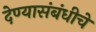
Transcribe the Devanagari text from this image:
देण्यासंबंधीचे